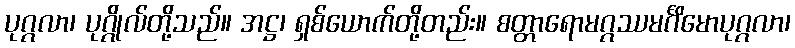
ပုဂ္ဂလာ၊ ပုဂ္ဂိုလ်တို့သည်။ အဋ္ဌ၊ ရှစ်ယောက်တို့တည်း။ စတ္တာရောမဂ္ဂဿမင်္ဂိမောပုဂ္ဂလာ၊